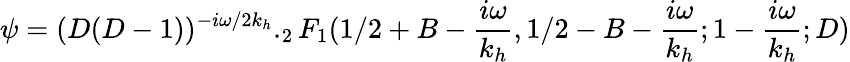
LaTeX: \psi=(D(D-1))^{-i\omega/2k_{h}}._{2}F_{1}(1/2+B-\frac{i\omega}{k_{h}},1/2-B-\frac{i\omega}{k_{h}};1-\frac{i\omega}{k_{h}};D)